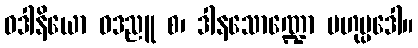
ဝဒါနိယော ဝဒညူ စ၊ ဒါနသောဏ္ဍော ဗဟုပ္ပဒေါ။